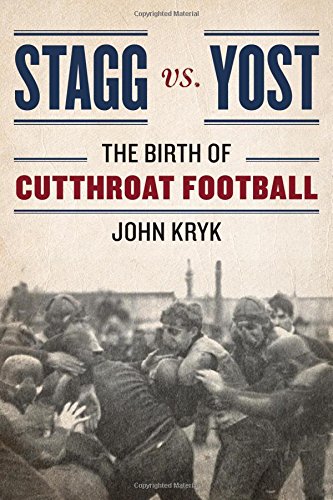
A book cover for Stagg vs. Yost: The Birth of Cutthroat Football; John Kryk; Biographies & Memoirs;